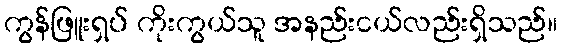
ကွန်ဖြူးရှပ် ကိုးကွယ်သူ အနည်းငယ်လည်းရှိသည်။